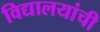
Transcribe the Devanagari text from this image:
विद्यालयांची